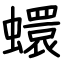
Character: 蠉